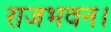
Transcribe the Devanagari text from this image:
राजभवन।